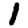
Digit: 1